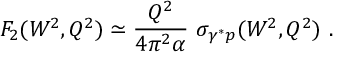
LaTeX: F _ { 2 } ( W ^ { 2 } , Q ^ { 2 } ) \simeq \frac { Q ^ { 2 } } { 4 \pi ^ { 2 } \alpha } ~ \sigma _ { \gamma ^ { * } p } ( W ^ { 2 } , Q ^ { 2 } ) ~ .